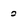
Character: 0